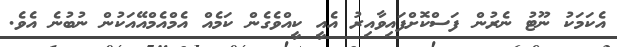
އެކަމަކު ނޫޓު ނެރުން ފަސްކޮށްފައިވާއިރު އެއީ ކީއްވެގެން ކަމެއް އެމްއެެމްއޭއަކުން ނުބުނެ އެވެ.